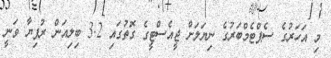
މި އަހަރުގެ ސެޕްޓެމްބަރުގެ ނިޔަލަށް ޖީއެސްޓީގެ ގޮތުގައި 3.2 ބިލިއަން ރުފިޔާ ވަނީ